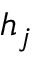
h _ { j }